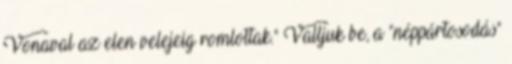
Vonaval az elen velejeig romlottak." Valljuk be, a "néppártosodás"